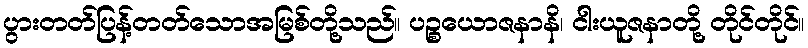
ပွားတတ်ပြန့်တတ်သောအမြစ်တို့သည်။ ပဉ္စယောဇနာနိ၊ ငါးယူဇနာတို့ တိုင်တိုင်။